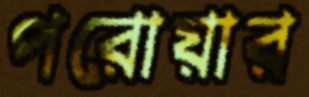
পরোয়ার